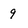
Character: 9